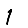
Digit: 1